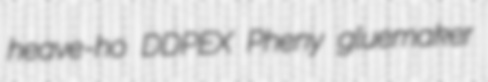
heave-ho DDPEX Pheny gluemaker